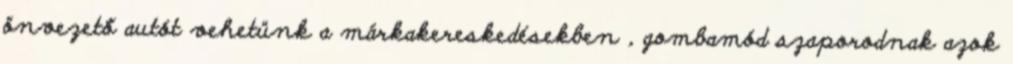
önvezető autót vehetünk a márkakereskedésekben , gombamód szaporodnak azok